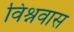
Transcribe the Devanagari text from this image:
विश्नवास